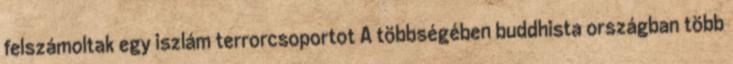
felszámoltak egy iszlám terrorcsoportot A többségében buddhista országban több